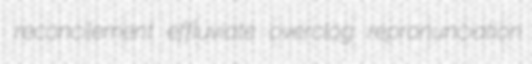
reconcilement effluviate overclog repronunciation